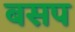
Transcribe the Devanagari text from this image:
बसप